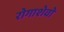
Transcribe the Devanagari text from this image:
रोगाशेवो